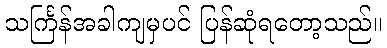
သင်္ကြန်အခါကျမှပင် ပြန်ဆုံရတော့သည်။